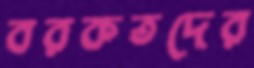
বরকতদের